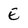
Character: E